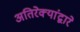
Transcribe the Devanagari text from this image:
अतिरेक्यांद्वारे